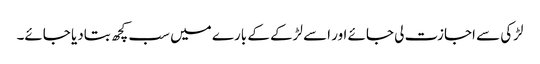
لڑکی سے اجازت لی جائے اور اسے لڑکے کے بارے میں سب کچھ بتادیا جائے۔